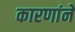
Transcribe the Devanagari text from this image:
कारणांने